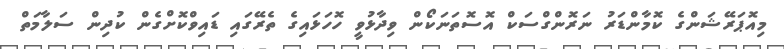
މިއޮޕަރޭޝަންގެ ކޮމާންޑަރު ނަރޮންގްސަކް އޮސޮތަނަކޯން ވިދާޅުވީ ހޮހަޅައިގެ ތެރޭގައި ޑައިވްކޮށްގެން ކުދިން ސަލާމަތް